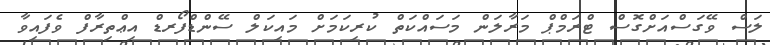
ލަސް ވޭގަސްއަށްގޮސް ޓްރަމްޕް މަރާލަން މަސައްކަތް ކުރިކަމަށް މައިކަލް ސޭންޑްފޯރޑް އިޢްތިރާފް ވެފައިވާ